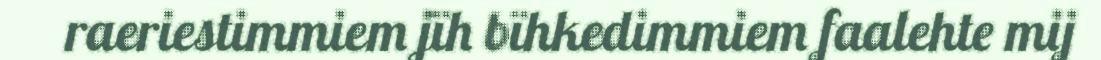
raeriestimmiem jïh bïhkedimmiem faalehte mij